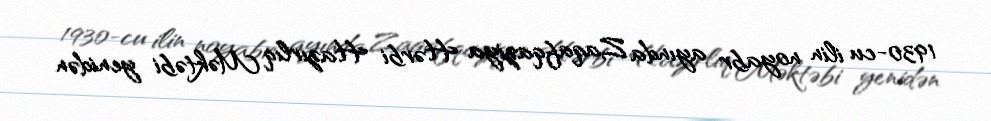
1930-cu ilin noyabr ayında Zaqafqaziya Hərbi Hazırlıq Məktəbi yenidən